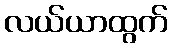
လယ်ယာထွက်